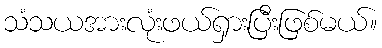
သံသယအားလုံးဖယ်ရှားပြီးဖြစ်မယ်။